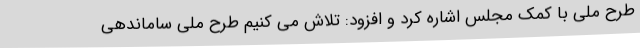
طرح ملی با کمک مجلس اشاره کرد و افزود: تلاش می کنیم طرح ملی ساماندهی